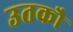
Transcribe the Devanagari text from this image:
उतकौ